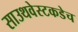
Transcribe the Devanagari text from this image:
साउथवेस्टकडेच